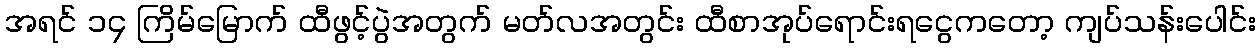
အရင် ၁၄ ကြိမ်မြောက် ထီဖွင့်ပွဲအတွက် မတ်လအတွင်း ထီစာအုပ်ရောင်းရငွေကတော့ ကျပ်သန်းပေါင်း